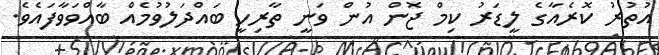
އުތުރު ކޮރެއާގެ ލީޑަރު ކިމް ޖޮން އުން ވަނީ ތާރިހީ ބައްދަލުވުމެއް ބާއްވަވާފައެވެ.